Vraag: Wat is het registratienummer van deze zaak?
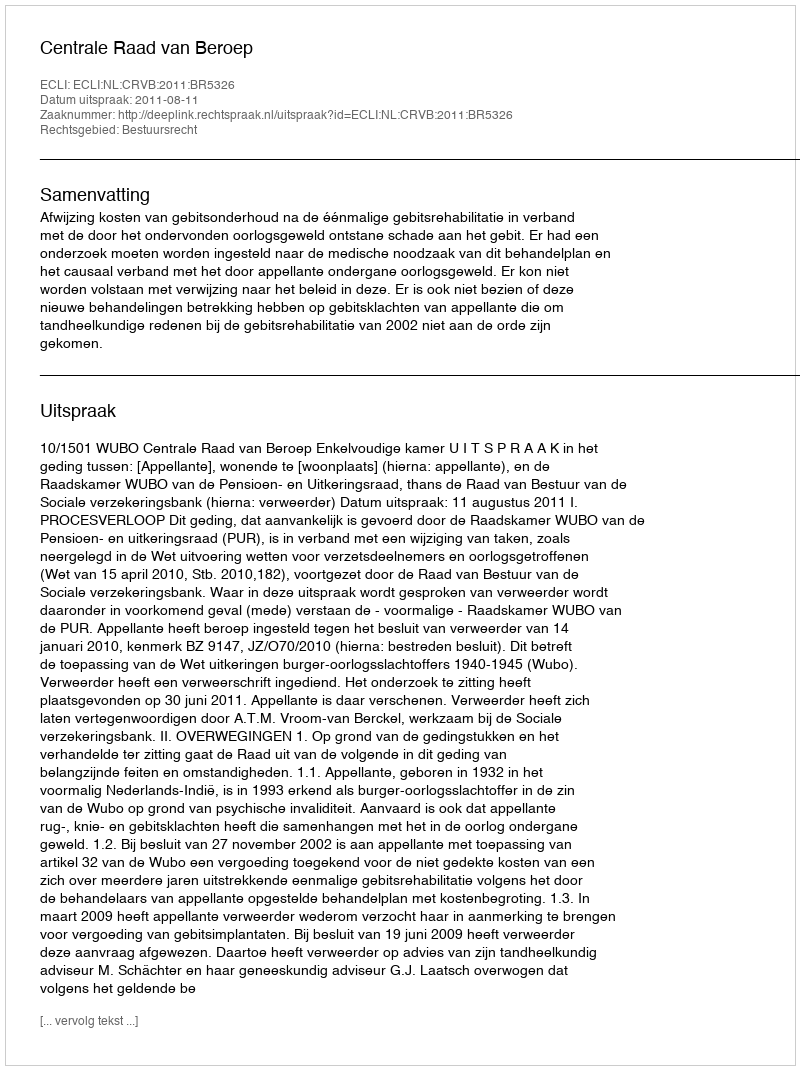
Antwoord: http://deeplink.rechtspraak.nl/uitspraak?id=ECLI:NL:CRVB:2011:BR5326